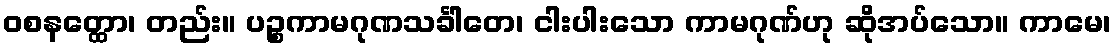
ဝစနတ္ထော၊ တည်း။ ပဉ္စကာမဂုဏသင်္ခါတေ၊ ငါးပါးသော ကာမဂုဏ်ဟု ဆိုအပ်သော။ ကာမေ၊